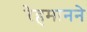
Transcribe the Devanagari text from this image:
रेहमानने